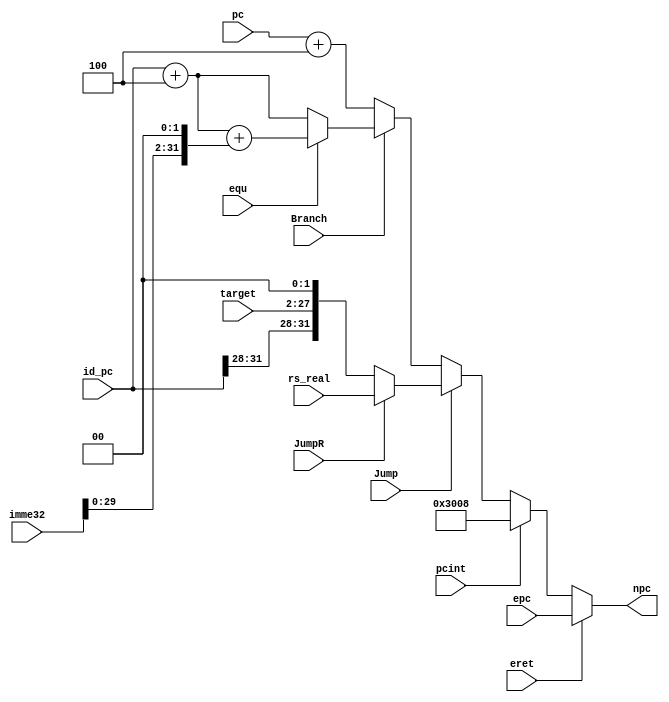

//////////////////////////////////////////////////////////////////////////////////
// Company: 
// Engineer: 
// 
// Design Name: 
// Module Name:    npc 
// Project Name: 
// Target Devices: 
// Tool versions: 
// Description: 
//
// Dependencies: 
//
// Revision: 
// Revision 0.01 - File Created
// Additional Comments: 
//
//////////////////////////////////////////////////////////////////////////////////
module npc(pc,imme32,target,npc,Branch,equ,Jump,JumpR,rs_real,id_pc,eret,pcint,epc
    );
	 input [31:0]pc;
	 input [31:0]imme32;
	 input [25:0]target;
	 input Branch;
	 input equ;
	 input Jump;
	 input JumpR;
	 output reg[31:0]npc;
	 input [31:0]rs_real;
	 input [31:0]id_pc;
	 input eret;
	 input pcint;
	 input [31:0]epc;
	 
	 //always@(pc or imme32 or target or Branch or Zero or Jump)
	 //begin
//	assign npc=eret?(epc):(pcint ?32'd8:Jump?(JumpR ? (rs_real) : ({id_pc[31:28],target[25:0],2'b00}) ):( (Branch) ? ((equ)?(id_pc+4+(imme32<<2)):(id_pc+4)) :(pc+4)));
	// end
  always@(*)
  begin
    npc=pc+4;
    if(eret)
    begin
      npc=epc;
    end  else if(pcint)
    begin
      npc=32'h00003008;
    end else if(Jump)
    begin
      if(JumpR)
        npc=rs_real;
      else 
        npc={id_pc[31:28],target[25:0],2'b00};
    end else if(Branch)
    begin
      if(equ)
        npc=(id_pc+4+(imme32<<2));
      else
        npc=id_pc+4;
    end
  end

endmodule